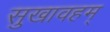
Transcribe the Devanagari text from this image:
सुखावहम्